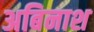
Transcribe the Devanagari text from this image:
अबिनाश